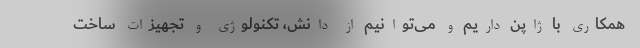
همکاری با ژاپن داریم و می‌توانیم از دانش، تکنولوژی و تجهیزات ساخت